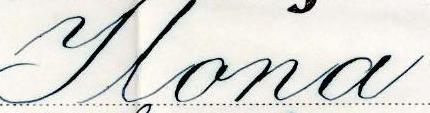
Ilona